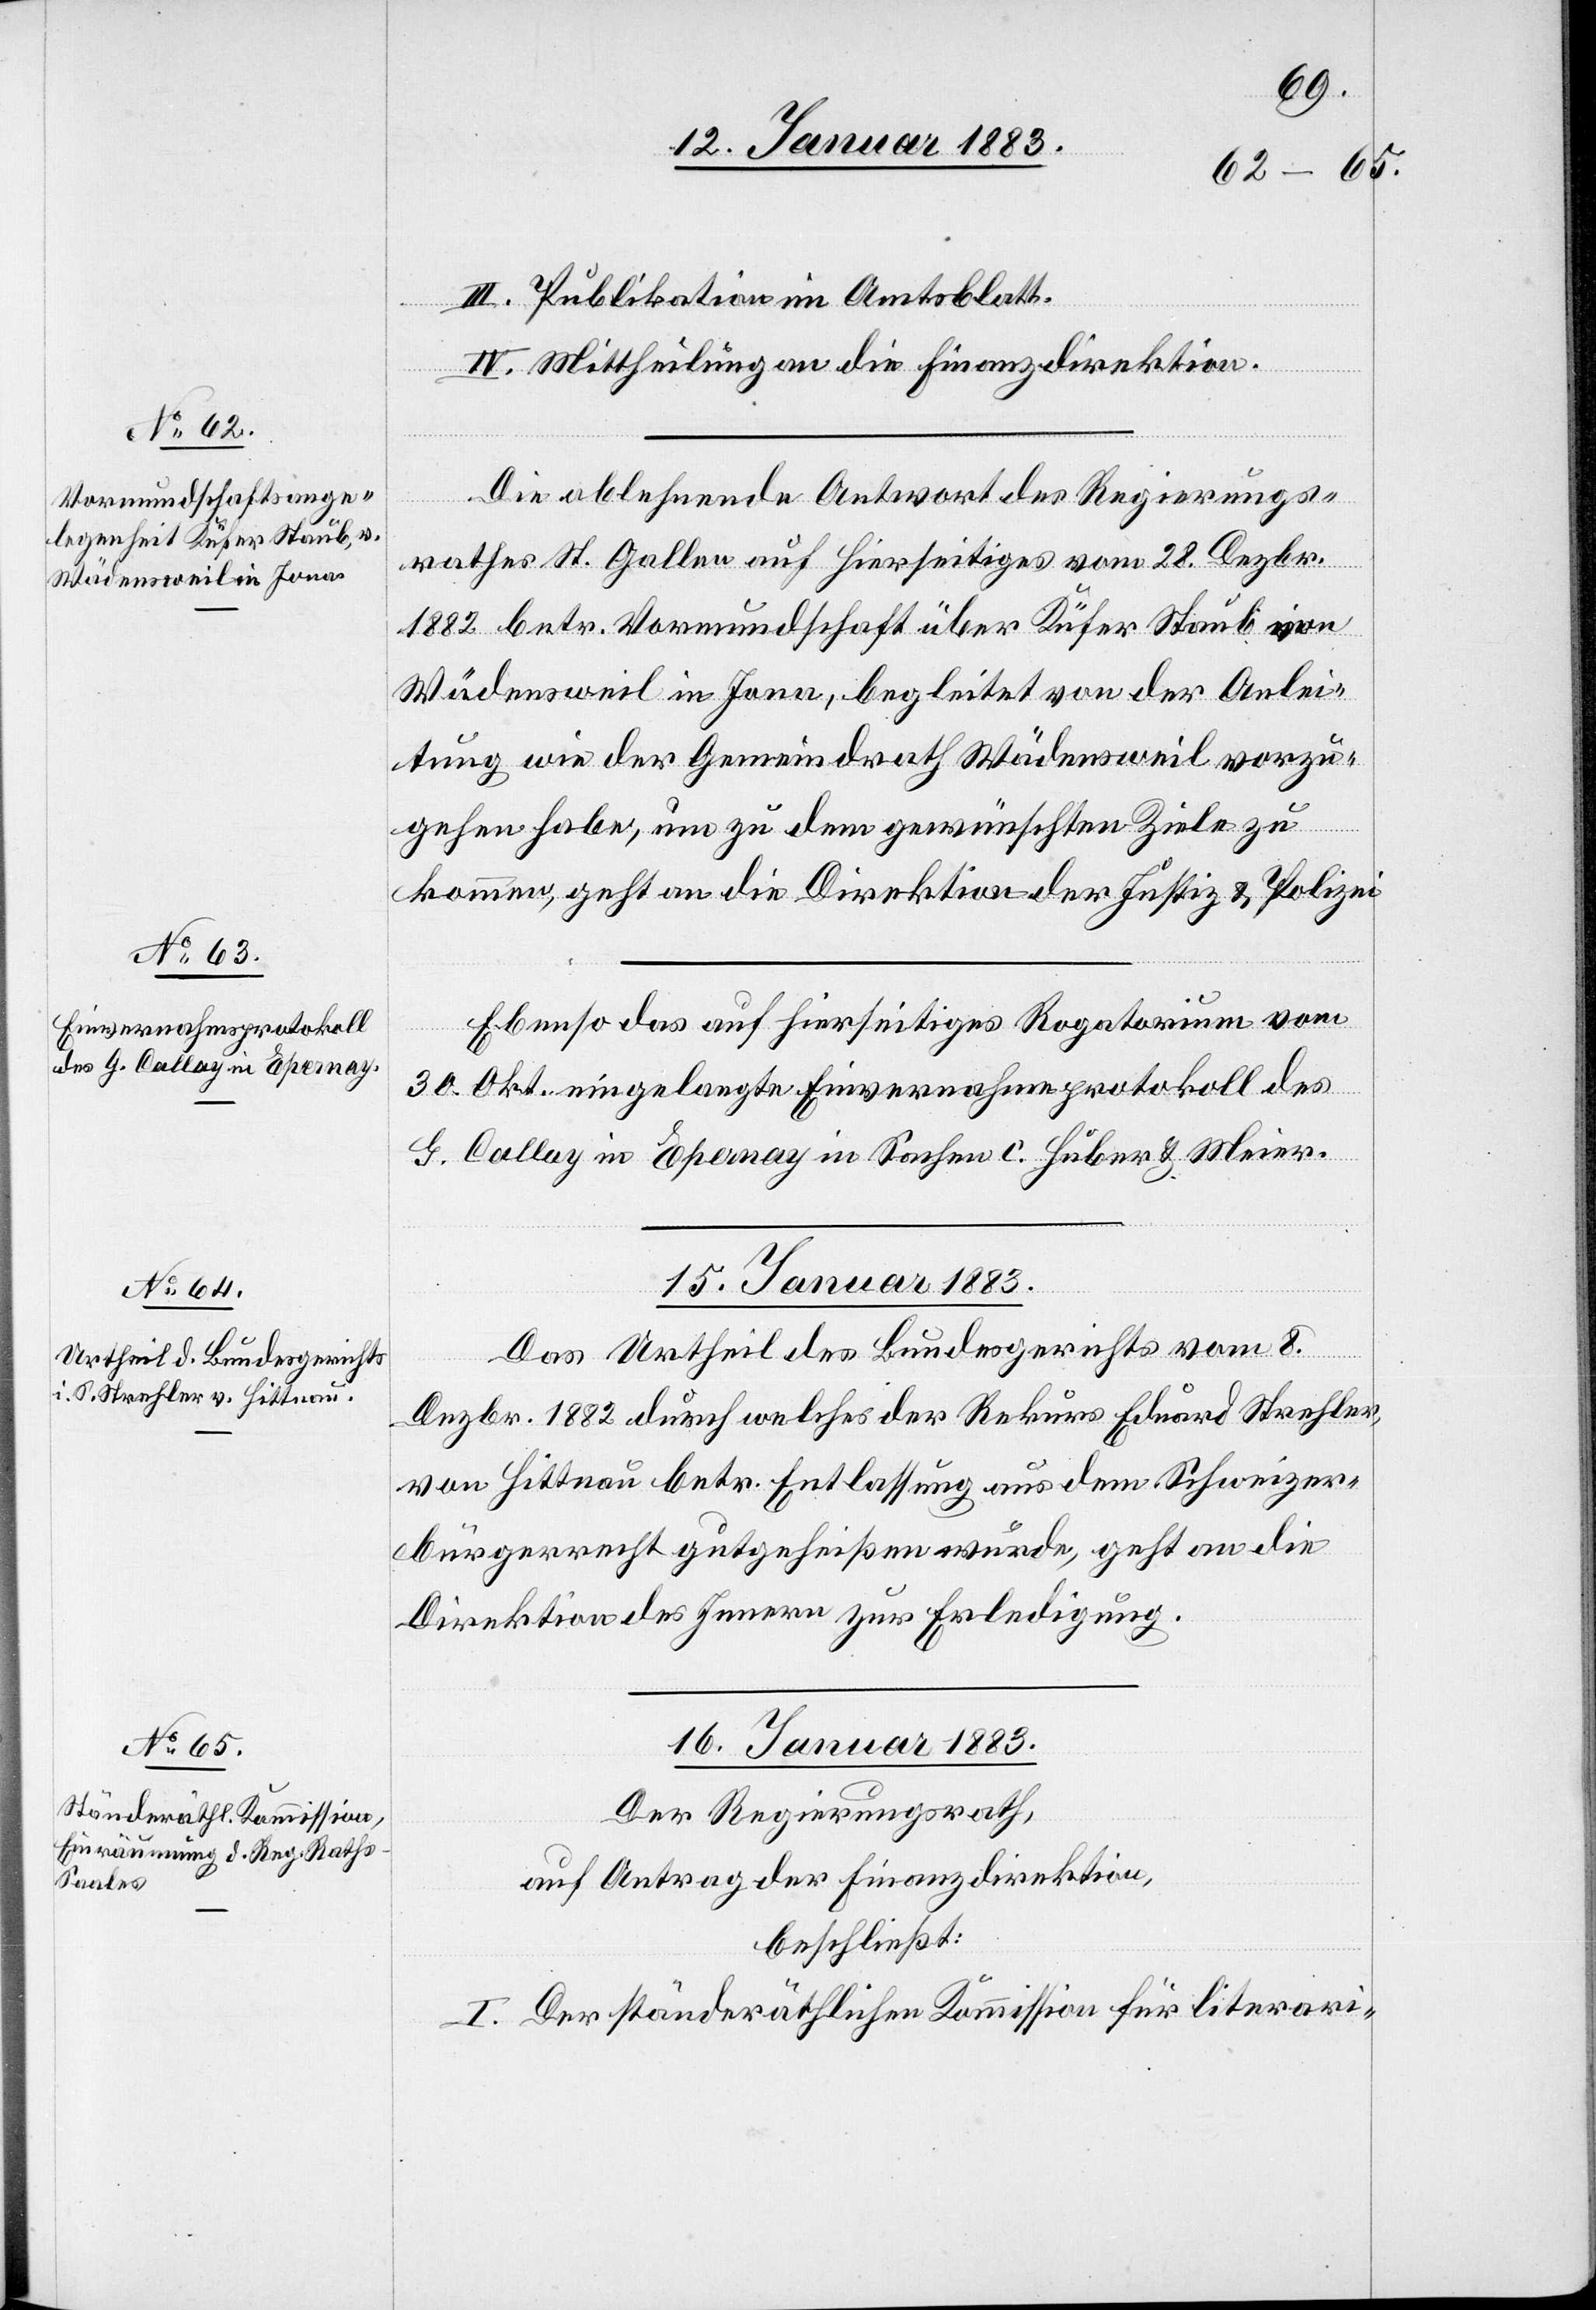
13. Januar 1883.]
III. Publikation im Amtsblatt.
IV. Mittheilung an die Finanzdirektion.
Die ablehnende Antwort des Regierungs¬
rathes St. Gallen auf hierseitiges vom 22. Dezbr.
1882 betr. Vormundschaft über Küfer Staub von
Wädensweil in Jona, begleitet von der Anlei¬
tung wie der Gemeindrath Wädensweil vorzu¬
gehen habe, um zu dem gewünschten Ziele zu
kommen, geht an die Direktion der Justiz & Polizei.
Ebenso das auf hierseitiges Rogatorium vom
30. Okt. eingelangte Einvernahmeprotokoll des
G. Callay in Epernay in Sachen C. Huber & Meier.
15. Januar 1883.
Das Urtheil des Bundesgerichts vom 8.
Dezbr. 1882 durch welches der Rekurs Eduard Strehler,
von Hittnau betr. Entlassung aus dem Schweizer¬
bürgerrecht gutgeheißen wurde, geht an die
Direktion des Innern zur Erledigung.
16. Januar 1883.
Der Regierungsrath,
auf Antrag der Finanzdirektion,
beschließt:
I. Der ständeräthlichen Kommission für literari-